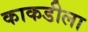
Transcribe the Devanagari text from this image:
काकडीला